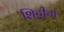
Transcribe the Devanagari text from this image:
शिट्टीचा